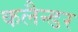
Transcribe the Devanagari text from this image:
कलैन्डर